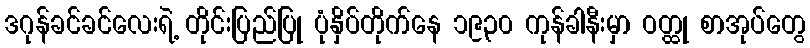
ဒဂုန်ခင်ခင်လေးရဲ့ တိုင်းပြည်ပြု ပုံနှိပ်တိုက်နေ ၁၉၃၀ ကုန်ခါနီးမှာ ဝတ္ထု စာအုပ်တွေ